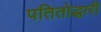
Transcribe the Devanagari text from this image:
पतितोद्धारी